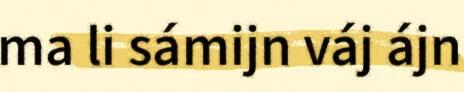
ma li sámijn váj ájn